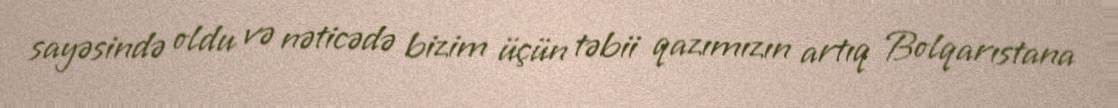
sayəsində oldu və nəticədə bizim üçün təbii qazımızın artıq Bolqarıstana